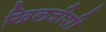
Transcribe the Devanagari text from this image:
खिलजीशी